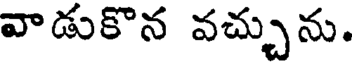
వాడుకొన వచ్చును.